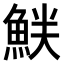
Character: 𫙝